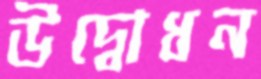
উদ্বোধন